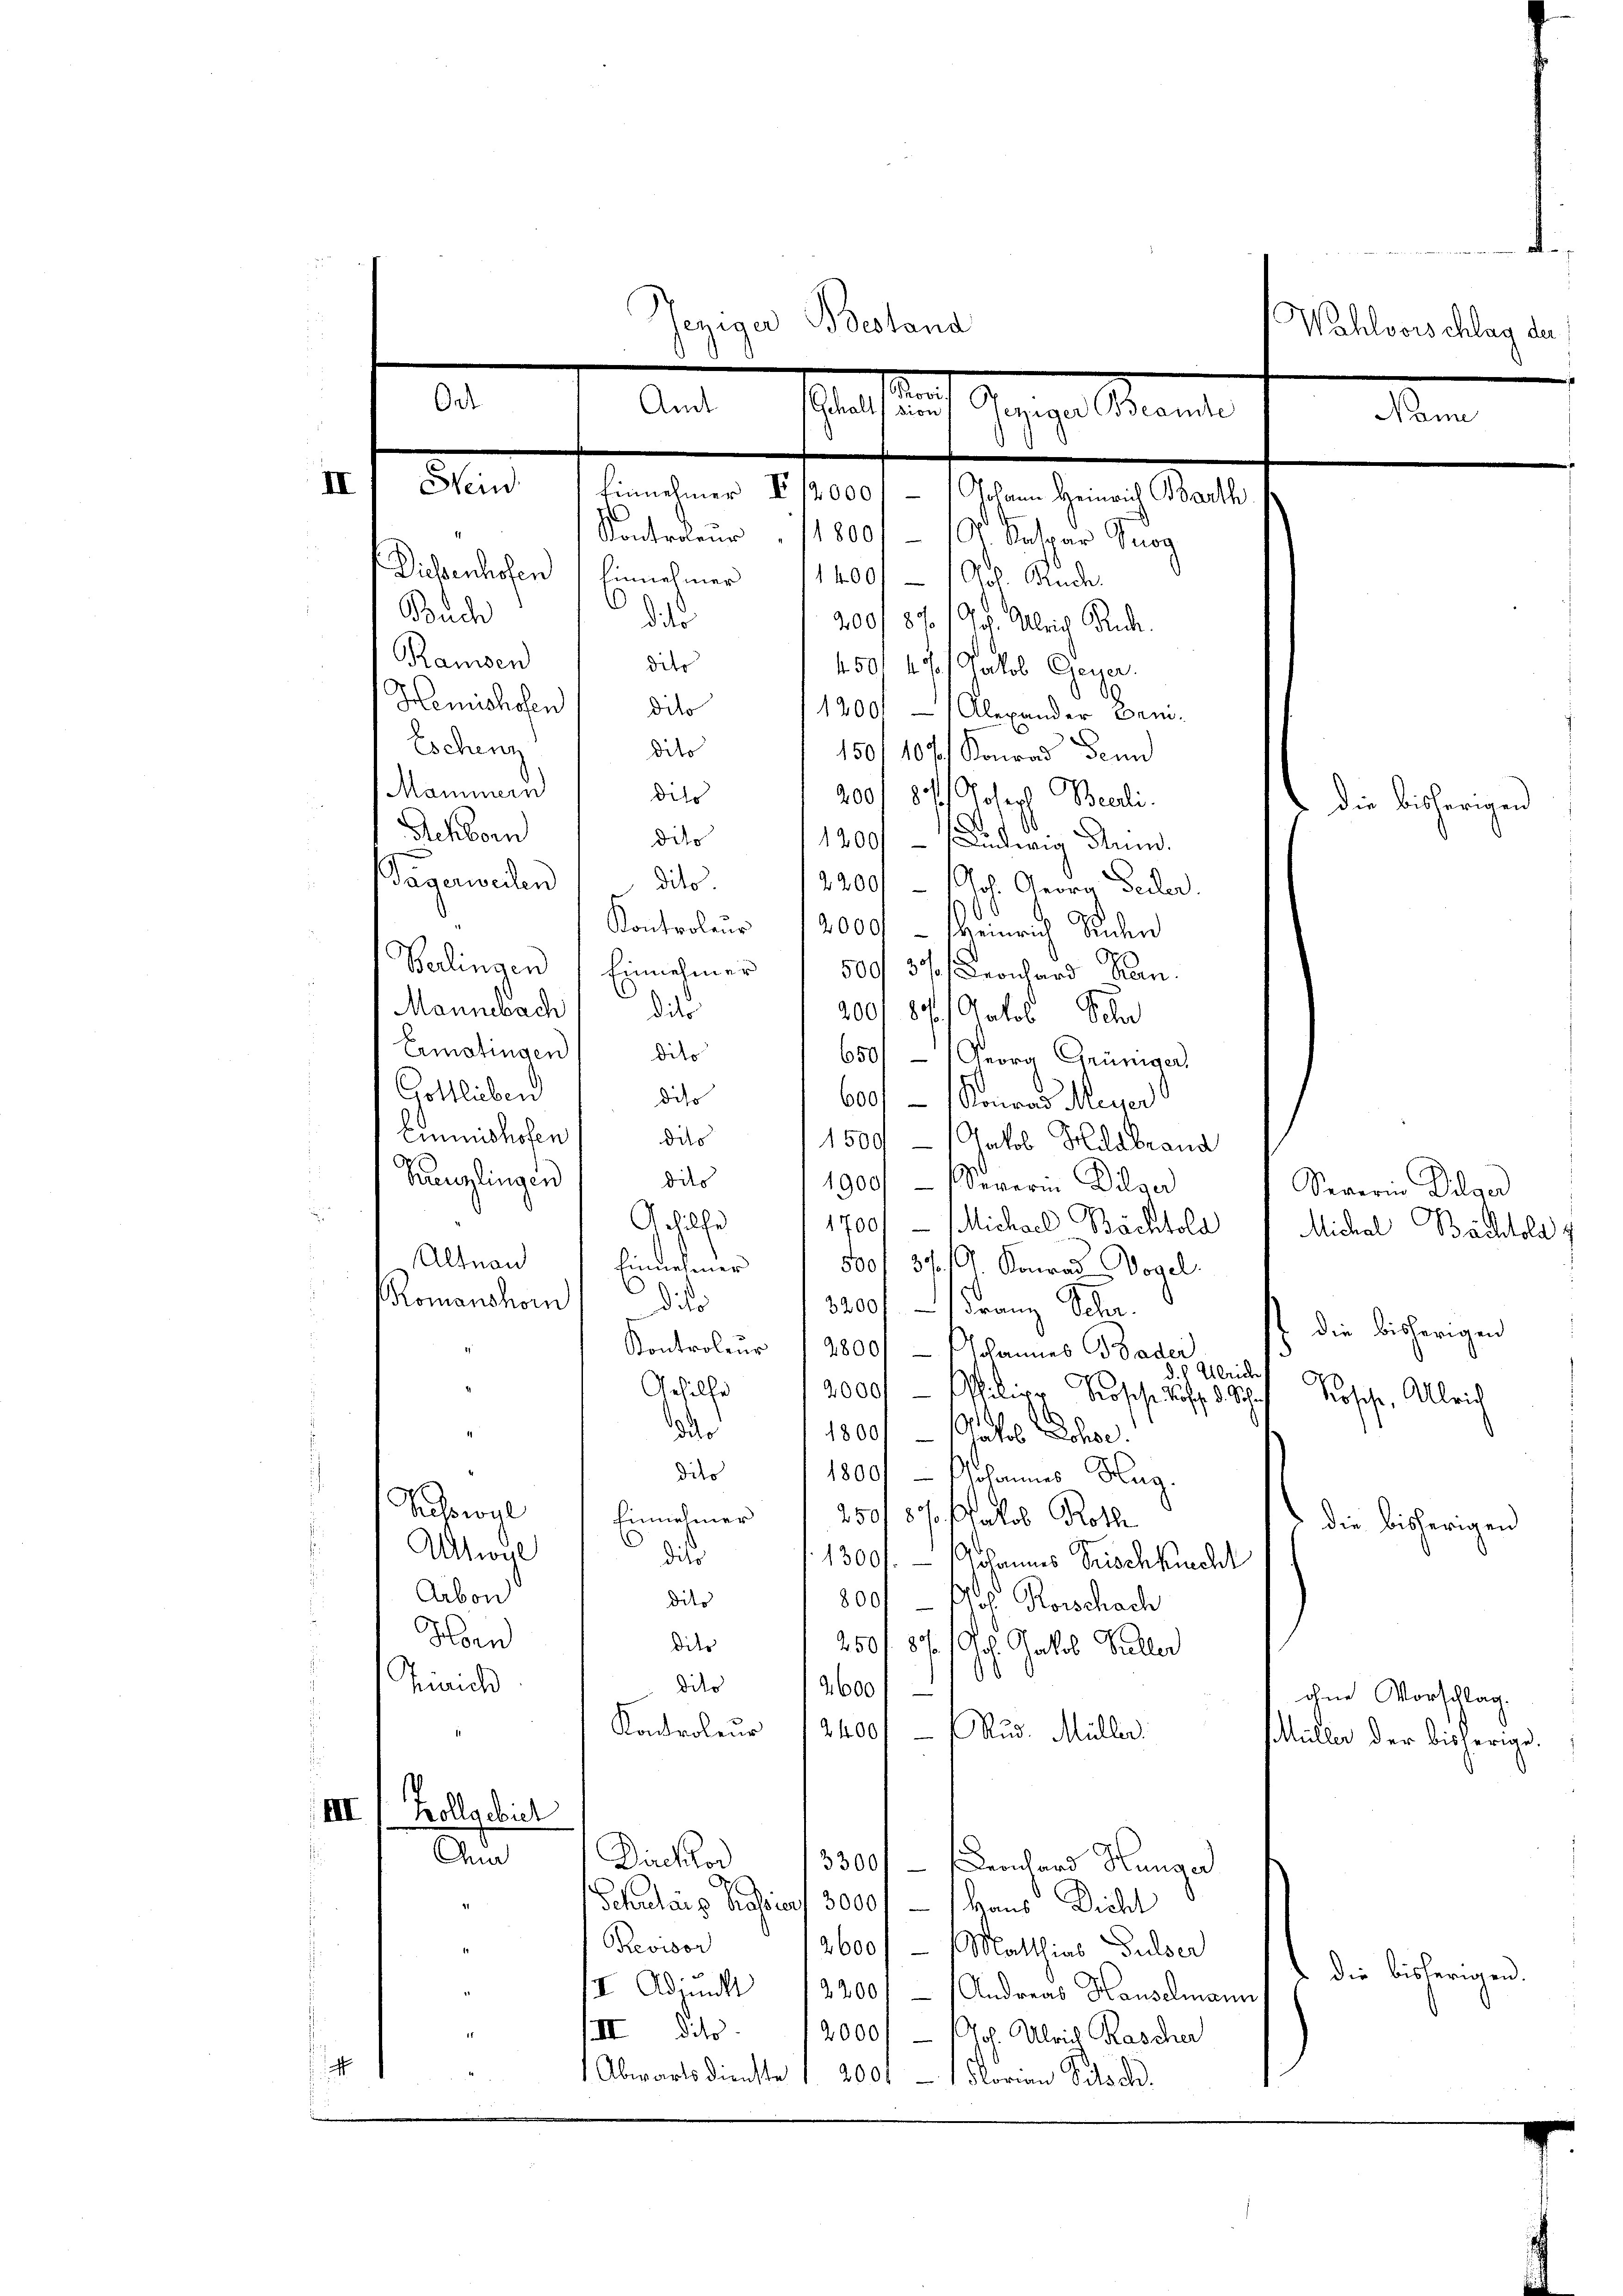
jeniger Bestand
Wahlvorschlag der
.
8
6 Art. Hase
Segen kannte
Name

II
Stein Einnehmer IV 12000) (Johann Heinrich Barth
Kontroleur  11800.- 100 Kaspar Prog
Diesenhofen (Einnehmer 114001 — 1 Jos. Bruch
Buch
dites
200/87/J. Ulrich Ruh.
Ramsen
dito
450. 430. Jakob Gener.
09
Hemishofen dito
1200. - Alexander Can¬
Eschenz
dito
150/10 f Konrad Fenn
Mammern
dits
200/ 87. Joseph Berli.
Achborn
dito
1200   Ludwig Stum.

Gagerweilen
dito.
2200/ Jol. Georg Teiler.
0
Kontrolens 12000. - Heinrich Schen
Berlingen (Einnehmer 1 500f 37 Kronhard Kan
Mannebach
dito
200/ 87 datos Schn
Ermatingen
dito
650/  Georg Grüniger,
Gottlieben
dito
600/ – 1 Konrad Meyer
Einmishofen
dits
1509 - Jakob Hildbrand
Penzlingen
dits
1900/ Severin Dilger
Severin Dilger
u
Gehilfe
1700/ Michael Bächtold  Michal Bachtold &
Altnau
findeßener
500 f 37. 10. Konrad Wogel.
.
Komanshorn
diko
8200 f. - Franz Schr.
die bisherigen
Kontroleur 12800/ - (Johannes Bader
d. h. Ulrich
Gehilfe
2000 Milier Proses Jos. 8. Schr
Kosche, Ulrich
ddr
1800 Patos Ochse.
dito
1800  Johannes Hug.
Kesswyl " Einnehmer 1 2508 %. Jakob Rothe
die bisherigen
Altwyl
dier
1300 f. — Johannes Frischküchl
Arbon
dito
800.- Jos. Korschach
Horn
dito
2501. 87 / Pos. Jakob Buller
0
Zürich
dito
9600/
ohne Vorschlag.
Kontroleur 124001 (Rud. Müller.
Müller der bisherige
III (Zollgebiet
A
Dicktor
3300f enchard Hungar
Schulang Brasiert 3000 f - Haus Dicht
Previsor
2600 f - Matthias Pulser
die bisherigen.
I Adimitt 12200/ - (Andreas Hauselmann
17.
II dito.
2000/ (Joh. Ulrich Raschen

Abwartsdienste 1. 200. - Florian Pils d

f die bisherigen

t